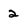
Character: 2